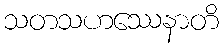
သတသဟဿေနာတိ